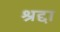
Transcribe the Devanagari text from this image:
श्रद्दा